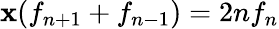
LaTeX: \mathbf{x}(f_{n+1}+f_{n-1})=2nf_{n}